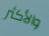
والأكثر